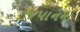
જપાનના